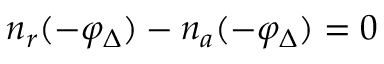
n _ { r } ( - \varphi _ { \Delta } ) - n _ { a } ( - \varphi _ { \Delta } ) = 0